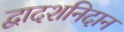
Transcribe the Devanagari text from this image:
द्वादशनिदान